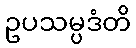
ဥပသမ္ပဒံတိ